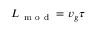
L _ { \mathrm { ~ m ~ o ~ d ~ } } = v _ { g } \tau